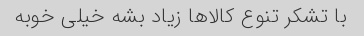
با تشکر تنوع کالاها زیاد بشه خیلی خوبه